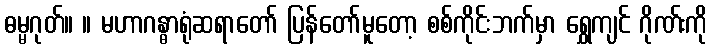
ဓမ္မဂုတ်။ ။ မဟာဂန္ဓာရုံဆရာတော် ပြန်တော်မူတော့ စစ်ကိုင်းဘက်မှာ ရွှေကျင် ဂိုဏ်းကို